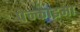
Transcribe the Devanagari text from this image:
पेन्काइमा